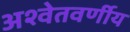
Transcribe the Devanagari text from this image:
अश्वेतवर्णीय